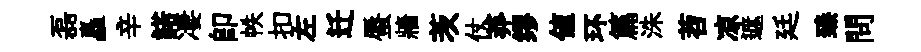
磊矗辛諾凄即帙扣左迁蜃牆茨仗莽缪値环篇洙苕凉遮廷臻問